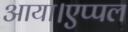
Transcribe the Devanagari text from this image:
आया।एप्पल